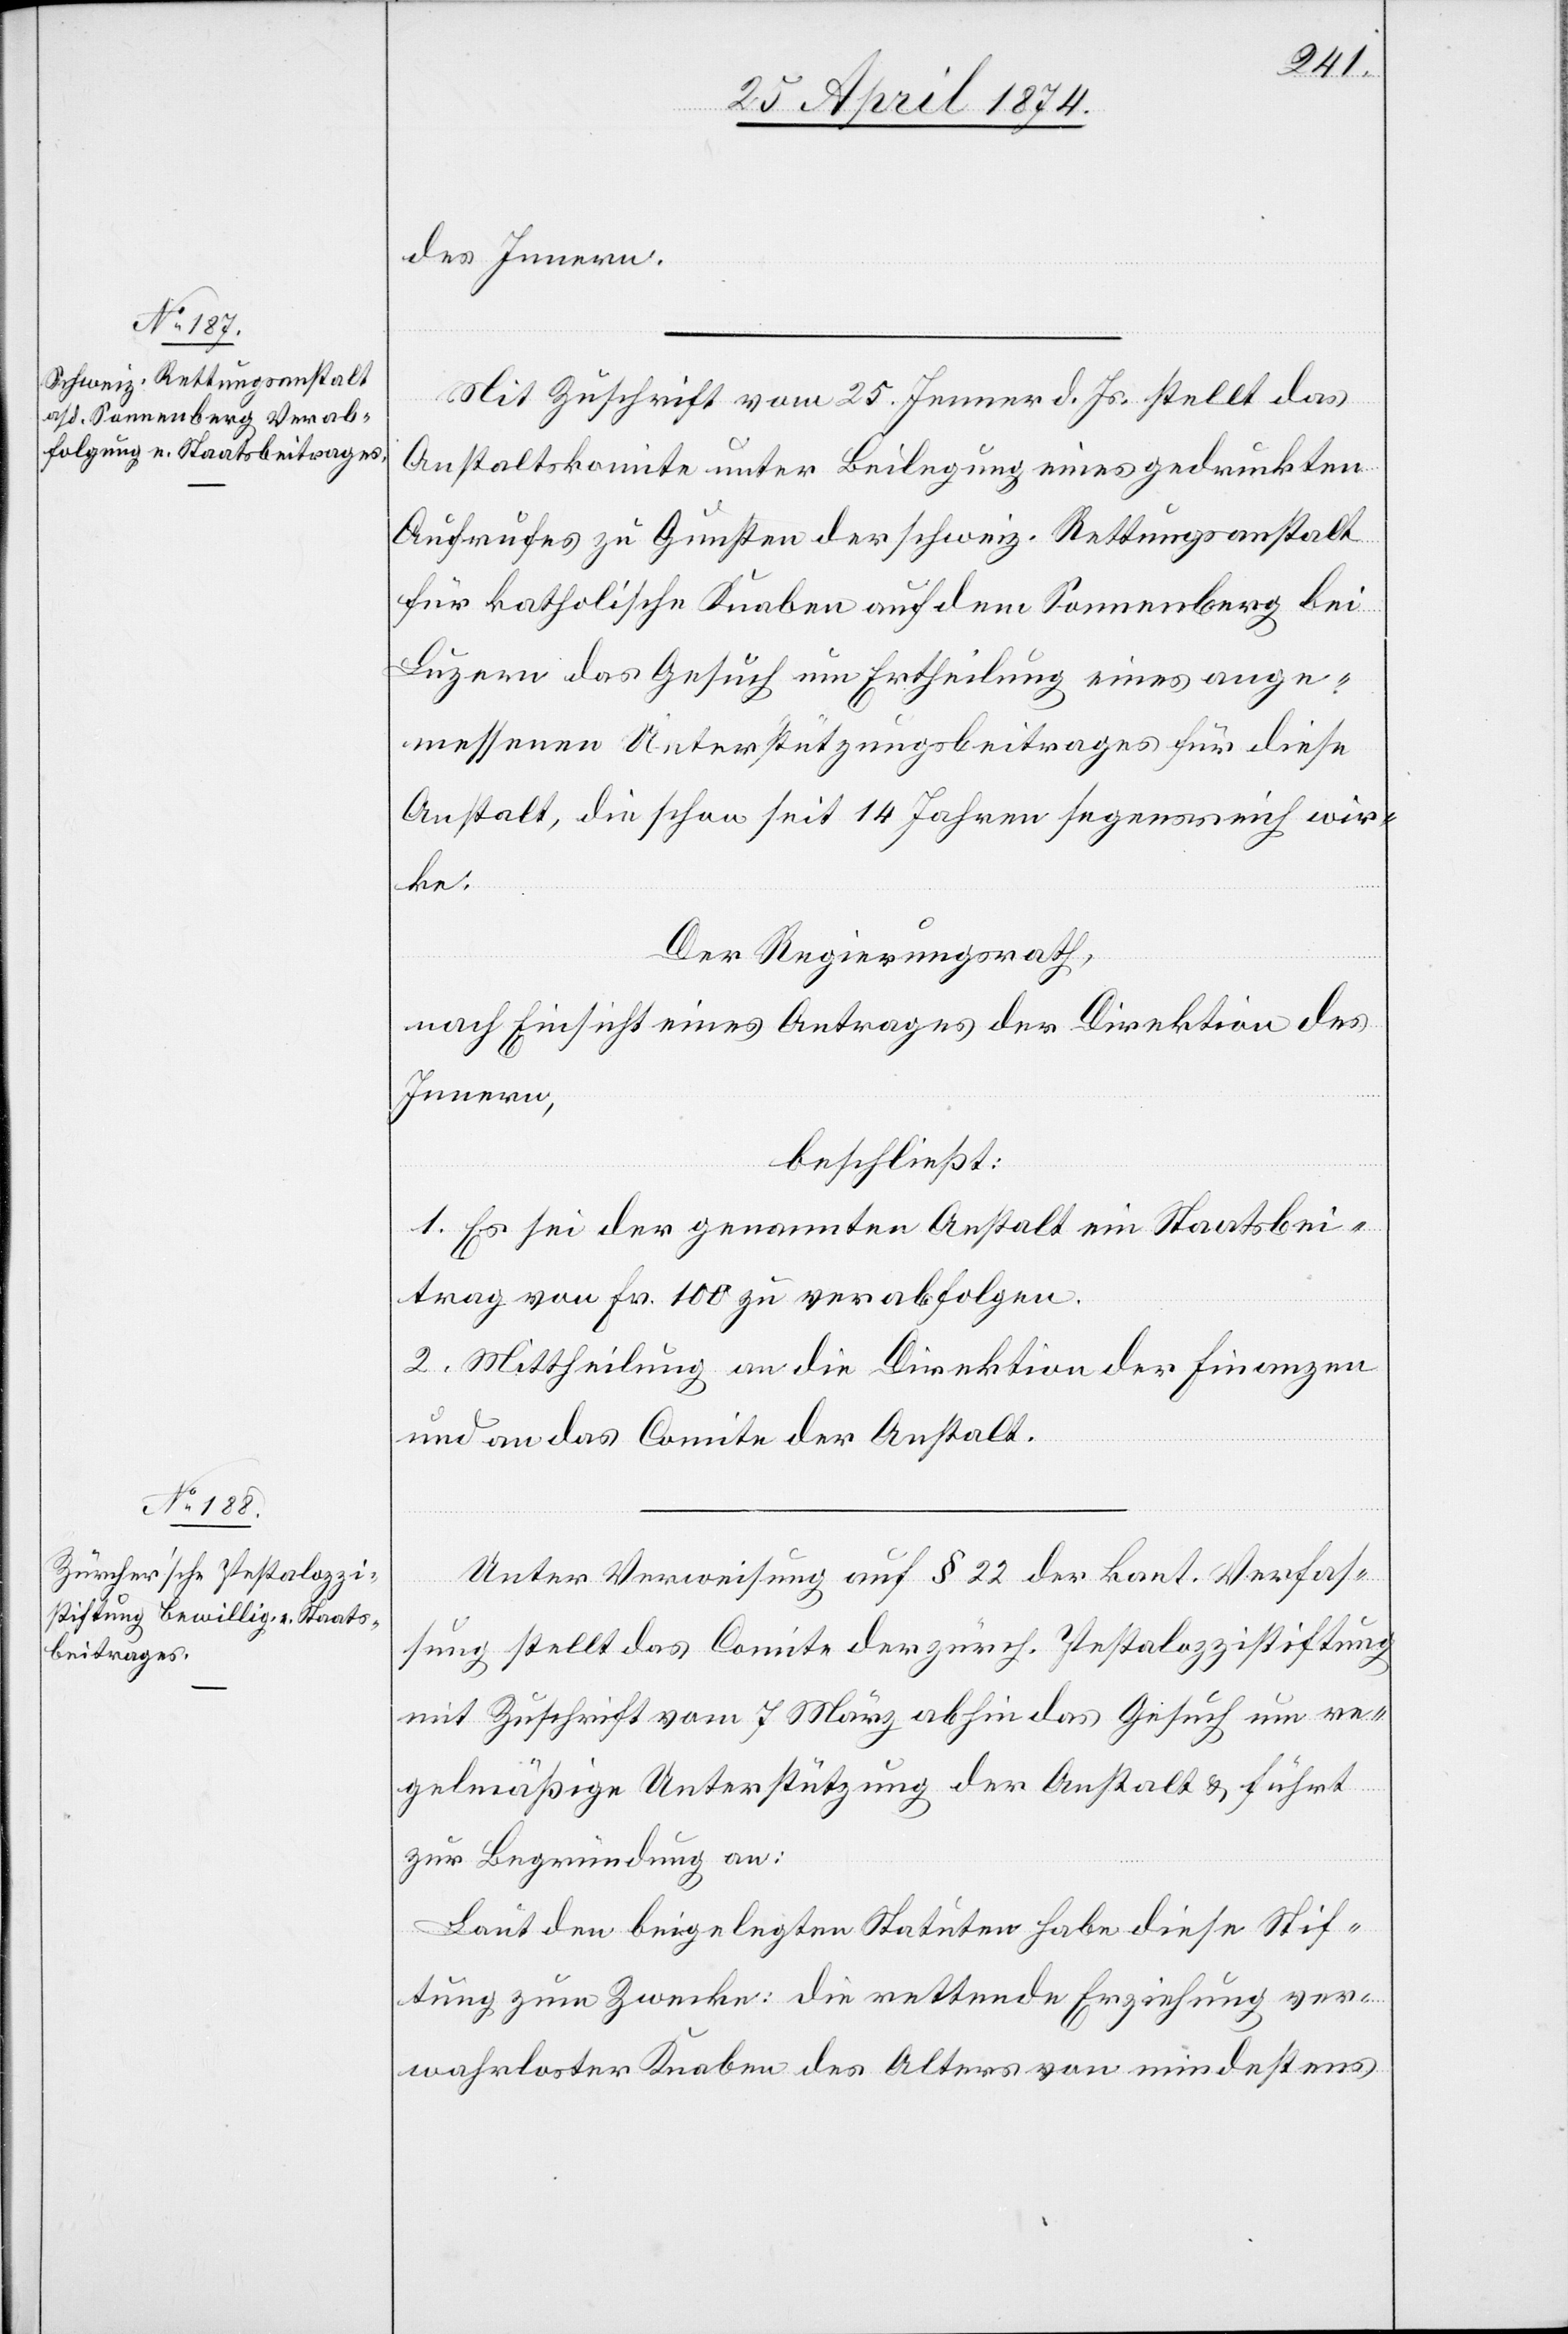
des Innern.
Mit Zuschrift vom 25. Jenner d. Js. stellt das
Anstaltskomite unter Beilegung eines gedruckten
Aufrufes zu Gunsten der schweiz. Rettungsanstalt
für katholische Knaben auf dem Sonnenberg bei
Luzern das Gesuch um Ertheilung eines ange¬
messenen Unterstützungsbeitrages für diese
Anstalt, die schon seit 14 Jahren segensreich wir¬
ke.
Der Regierungsrath,
nach Einsicht eines Antrages der Direktion des
Innern,
beschließt:
1. Es sei der genannten Anstalt ein Staatsbei¬
trag von Fr. 100 zu verabfolgen.
2. Mittheilung an die Direktion der Finanzen
und an das Comite der Anstalt.
Unter Verweisung auf § 22 der kant. Verfas¬
sung stellt das Comite der zürch. Pestalozzistiftung
mit Zuschrift vom 7. März abhin das Gesuch um re¬
gelmäßige Unterstützung der Anstalt u. führt
zur Begründung an:
Laut den beigelegten Statuten habe diese Stif¬
tung zum Zwecke: die rettende Erziehung ver¬
wahrloster Knaben des Alters von mindestens